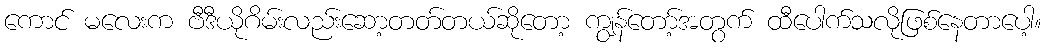
ကောင် မလေးက ဗီဒီယိုဂိမ်းလည်းဆော့တတ်တယ်ဆိုတော့ ကျွန်တော့်အတွက် ထီပေါက်သလိုဖြစ်နေတာပေါ့။